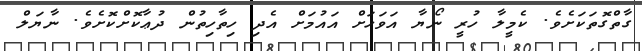
ގާތްގޮތަކަށެވެ. ކެމީލާ ހުރީ ނޯޔާ އަވަހަށް އައުމަށް އެދި ހިތާހިތުން ދުޢާކޮށްކޮށެވެ. ނާޔަލް